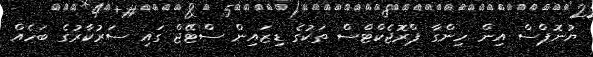
ޔުނޮޕްސް އިން ހިންގާ ޕްރޮޖެކްޓްސް ތަކުގެ ޑިޒައިން ސްޓޭޖް ގައި ސަރުކާރުގެ ބަހެއް